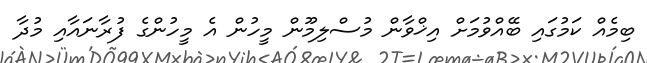
ބިމެއް ކަމުގައި ބޭއްވުމަށް އިޚްވާން މުސްލިމޫން މީހުން އެ މީހުންގެ ފުރާނައާއި މުދާ